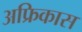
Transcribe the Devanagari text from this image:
अफ्रिकास